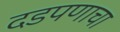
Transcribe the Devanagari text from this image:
दडपणाचा